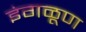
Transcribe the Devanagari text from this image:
इंगळूण